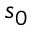
s _ { 0 }